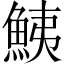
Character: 鮧